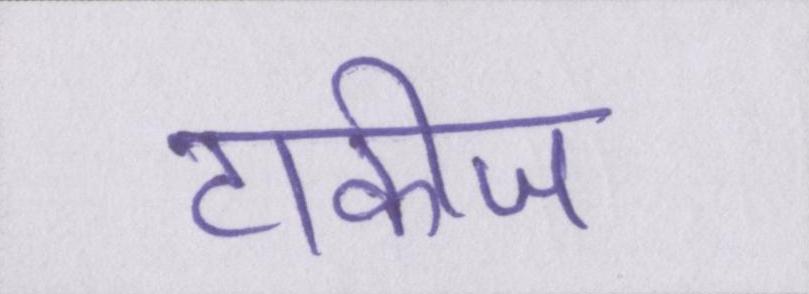
टाकीज